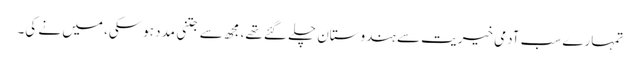
تمہارے سب آدمی خیریت سے ہندوستان چلے گئے تھے، مجھ سے جتنی مدد ہوسکی، میں نے کی۔